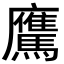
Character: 𩦵